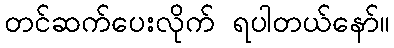
တင်ဆက်ပေးလိုက် ရပါတယ်နော်။